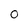
Character: 0